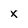
Character: X